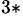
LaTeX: ^{3\ast}